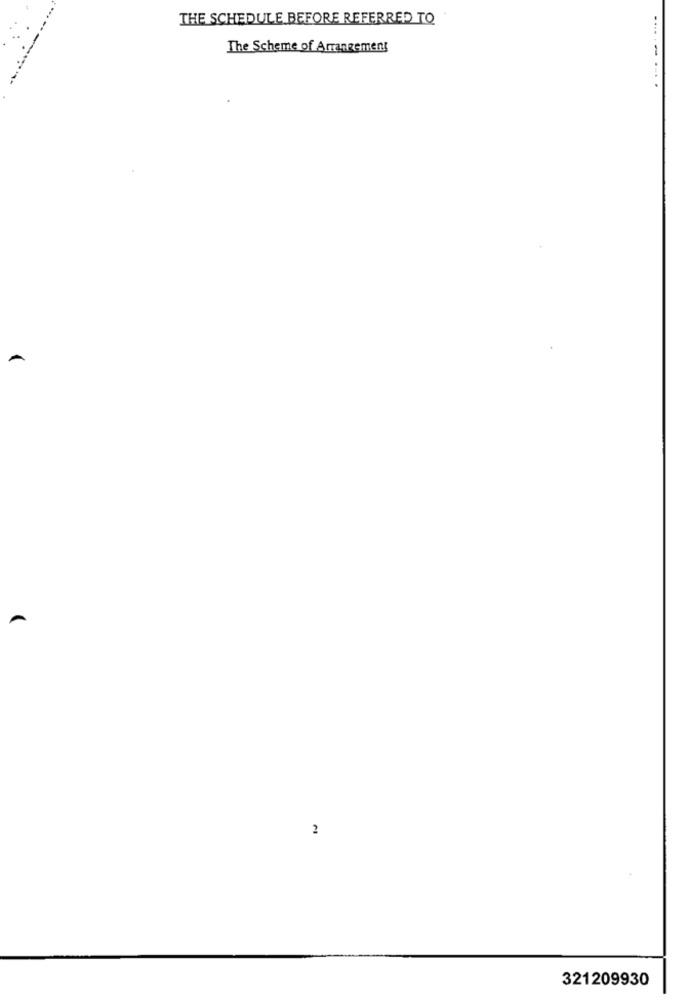
THE SCHEDULE BEFORE REFERRED TO
The Scheme of Arrangement
A
2
321209930